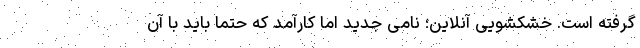
گرفته است. خشکشویی آنلاین؛ نامی جدید اما کارآمد که حتما باید با آن